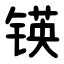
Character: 锳